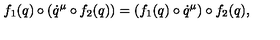
f _ { 1 } ( q ) \circ ( \dot { q } ^ { \mu } \circ f _ { 2 } ( q ) ) = ( f _ { 1 } ( q ) \circ \dot { q } ^ { \mu } ) \circ f _ { 2 } ( q ) ,